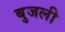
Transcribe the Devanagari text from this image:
बुजली